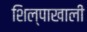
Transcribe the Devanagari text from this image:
शिल्पाखाली